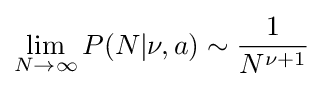
\lim _{N\to \infty }P(N|\nu ,a)\sim {\frac {1}{N^{\nu +1}}}